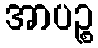
အာပဉ္စ